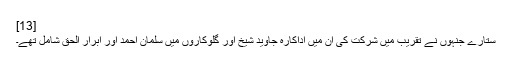
[13]
ستارے جنہوں نے تقریب میں شرکت کی ان میں اداکارہ جاوید شیخ اور گلوکاروں میں سلمان احمد اور ابرار الحق شامل تھے۔